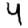
Digit: 4